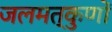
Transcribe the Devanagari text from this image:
जलमत्कुणों